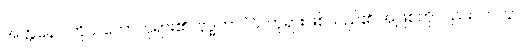
အတ္တနော၊ ကိုယ်တော်ဘုရား၏။ ဗုဒ္ဓဘာဝံပိ၊ ဘုရားဖြစ်သည်၏ အဖြစ်ကိုလည်း။ ကတွာ၊